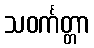
သဝင်္ကတ္တာ